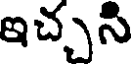
ఇచ్చసి